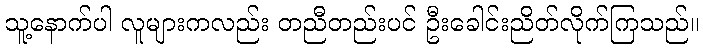
သူ့နောက်ပါ လူများကလည်း တညီတည်းပင် ဦးခေါင်းညိတ်လိုက်ကြသည်။